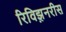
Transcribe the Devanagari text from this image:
रिविझ़नरीस